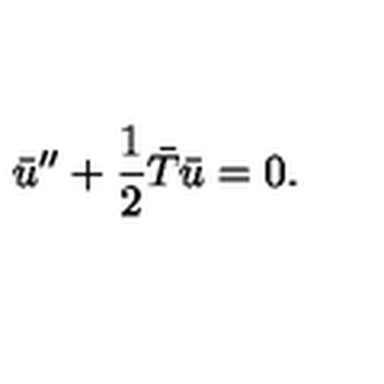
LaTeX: \bar { u } ^ { \prime \prime } + { \frac { 1 } { 2 } } \bar { T } \bar { u } = 0 .